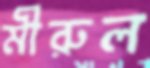
মীরুল